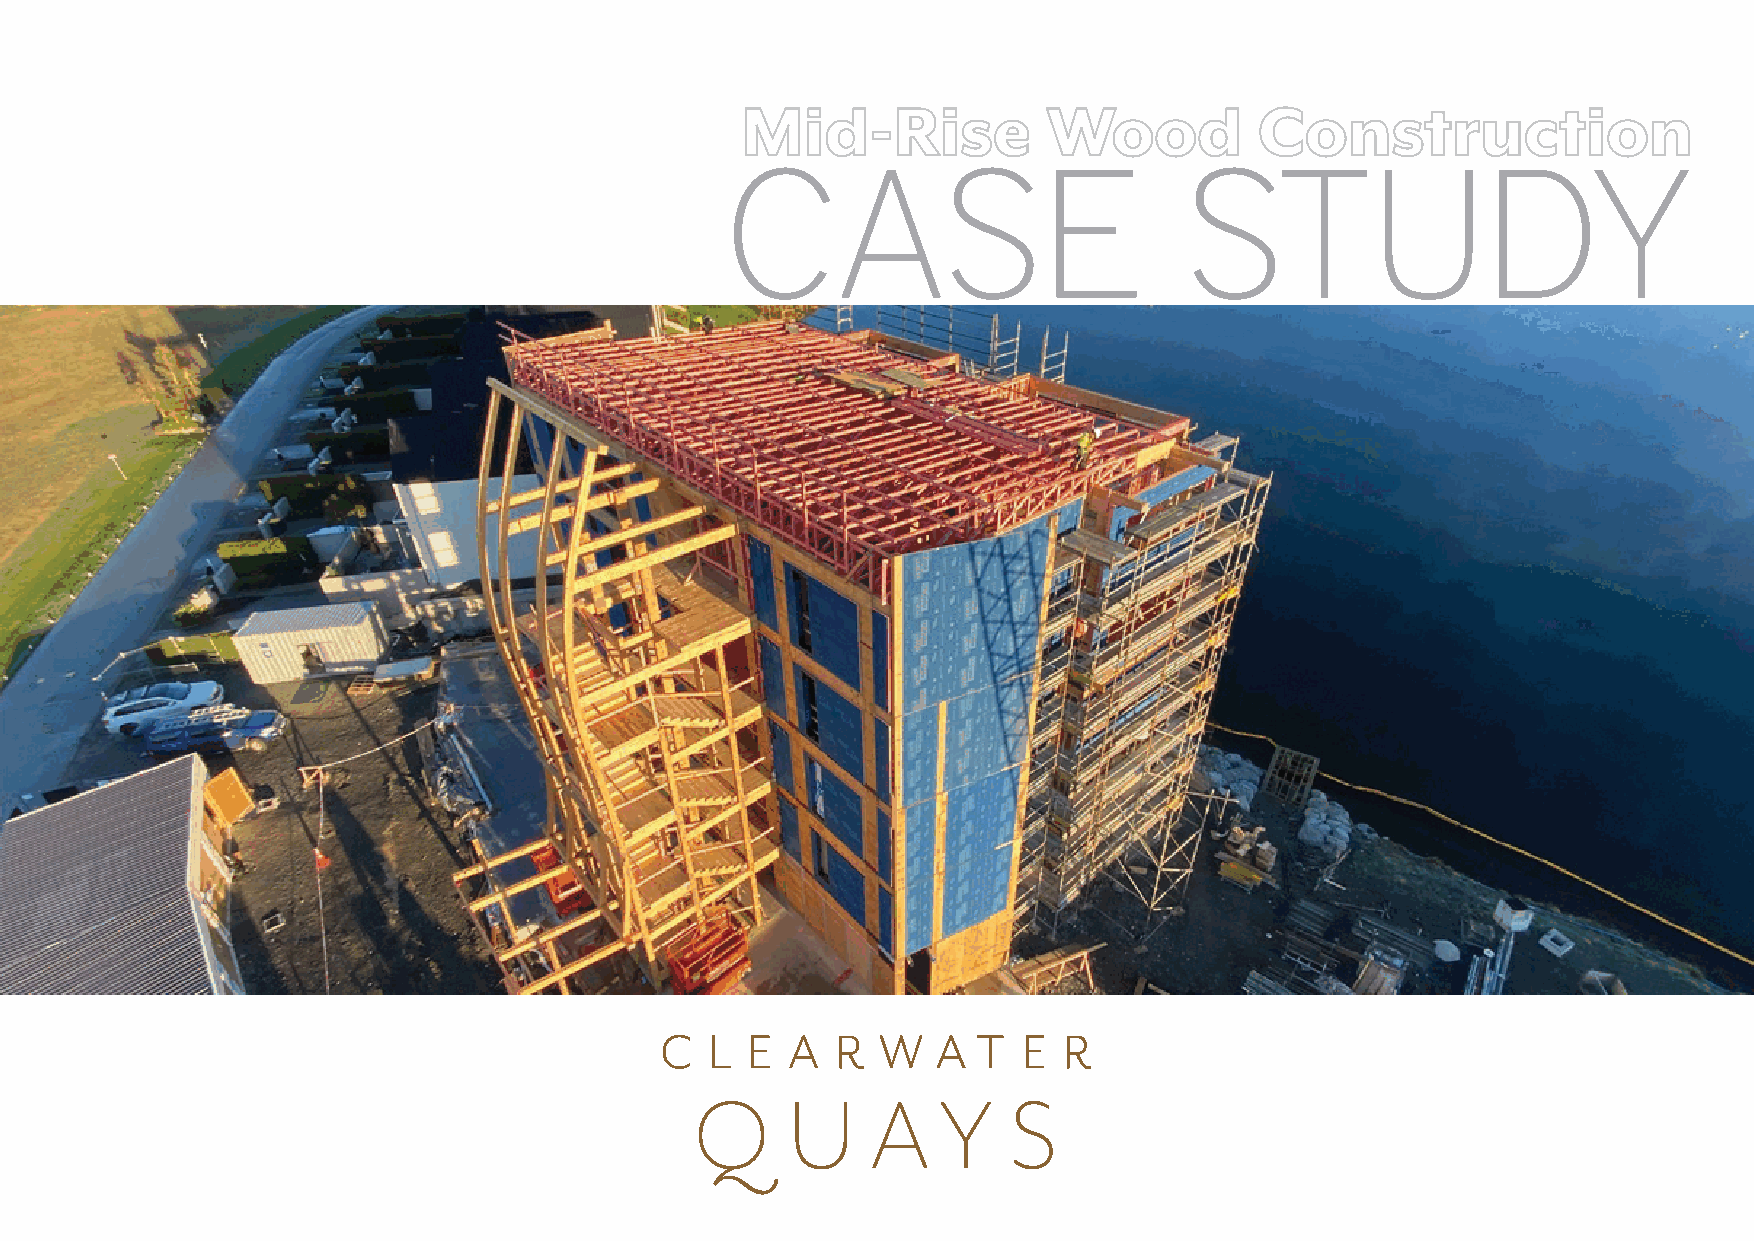
CASE                           STUDY